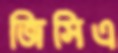
জিসিএ